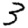
Digit: 3